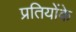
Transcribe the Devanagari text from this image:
प्रतियोंके